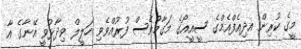
މީގެ ކުރިން އދިއެފްއެމްގެ ސީއީއޯގެ މަގާމުވެސް ފުރުއްވެވި ހަލީލް ވިދާޅުވީ އޭނާގެ އާ